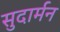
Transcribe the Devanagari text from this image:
सुदार्मन